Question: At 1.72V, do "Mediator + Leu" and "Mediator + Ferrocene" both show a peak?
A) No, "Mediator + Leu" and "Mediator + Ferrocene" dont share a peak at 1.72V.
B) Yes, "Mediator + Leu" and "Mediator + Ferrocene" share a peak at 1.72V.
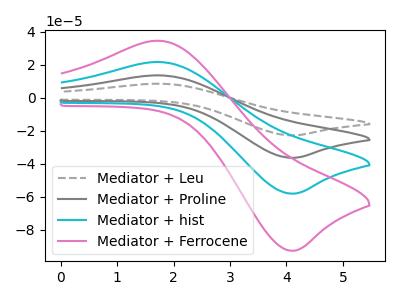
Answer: <think>The gray dashed curve "Mediator + Leu" has an anodic peak at (1.70V, 64.90uA) and a cathodic peak at (4.15V, -174.05uA). The gray curve "Mediator + Proline" has an anodic peak at (1.70V, 43.25uA) and a cathodic peak at (4.15V, -116.05uA). The cyan curve "Mediator + hist" has an anodic peak at (1.70V, 21.65uA) and a cathodic peak at (4.15V, -58.00uA). The pink curve "Mediator + Ferrocene" has an anodic peak at (1.70V, 34.50uA) and a cathodic peak at (4.15V, -92.60uA).</think>
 <answer>B) Yes, "Mediator + Leu" and "Mediator + Ferrocene" share a peak at 1.72V.</answer>
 <eval>B</eval>